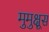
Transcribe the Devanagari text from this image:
मुमुक्षूस